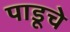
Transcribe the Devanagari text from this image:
पाडूचे